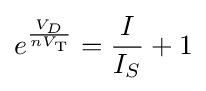
e^{\frac {V_{D}}{nV_{\text{T}}}}={\frac {I}{I_{S}}}+1